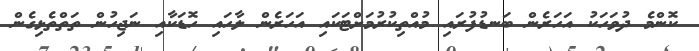
ކޮންމެ ދުވަހަކު އަހަރެން ބަނޑުފުރައި މުއްތިކުރުމަށްޓަކައި އަހަރެން ލާހައި ހޮޑަކާއި ނަޖިހުން ތަތްތެޅިގެން